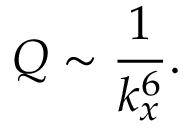
Q \sim \frac { 1 } { k _ { x } ^ { 6 } } .